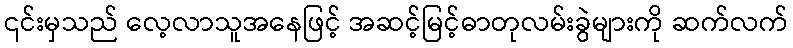
၎င်းမှသည် လေ့လာသူအနေဖြင့် အဆင့်မြင့်ဓာတုလမ်းခွဲများကို ဆက်လက်